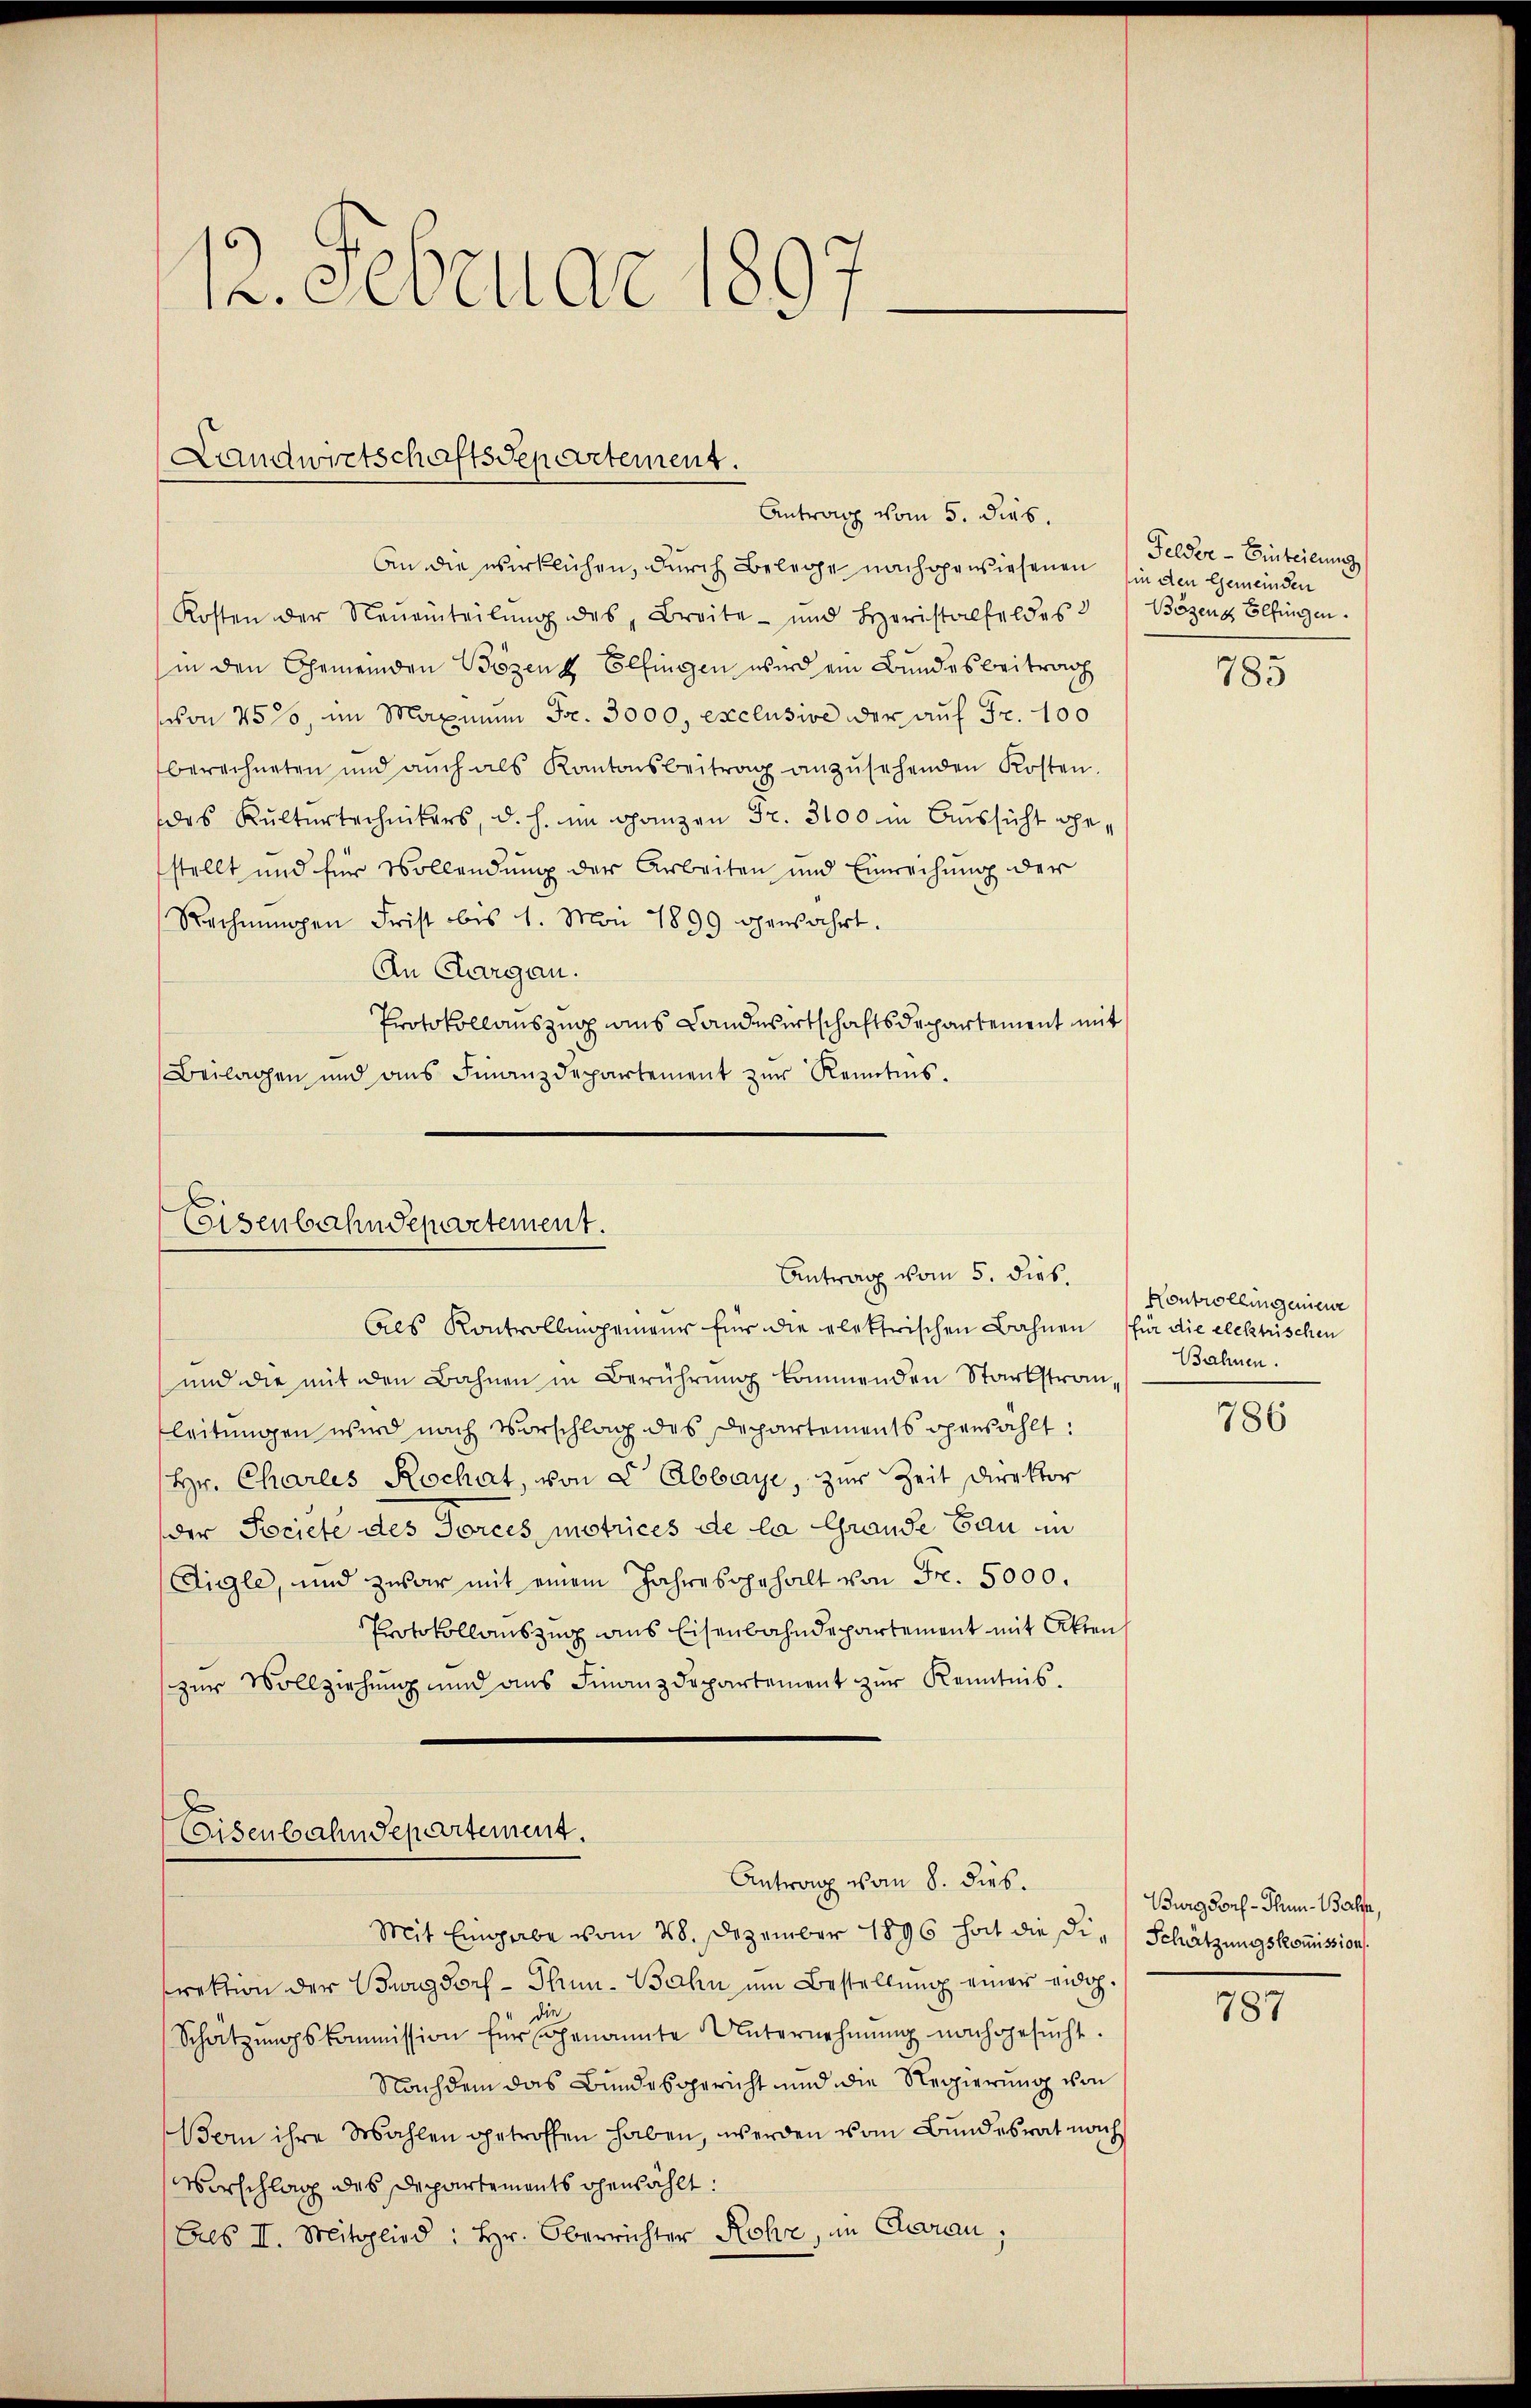
12. Februar 1897-

Landwirtschaftsdepartement.
Antrag vom 5. dies.

An die wirklichen, durch Belege nachgewiesenen in den Gemeinden
Kosten der Neŭeinteilŭng des Breite und Loristalfeldes Bözenz Elfingen.
in den Gemeinden Bözenz Elfingen wird ein Bundesbeitrag
von 75%, im Maximum Fr. 3000, exclusive der auf Fr. 100
berechneten und aŭch als Kantonsbeitrag anzŭsehenden Kosten.
das Kulturtechnikers, d. h. im Ganzen Fr. 3100 in Aussicht gestellt und für Vollendung der Arbeiten und Einreihung der
Rechnungen Frist bis 1. Mai 1899 genährt.
An Aargau.
Protokollauszug aus Landwirtschaftsdepartement mit
Beilagen und ans Finanzdepartement zŭr Kenntnis.

Eisenbahndepartement.
Antrag vom 5. dies

Als Kontrollingenieur für die elektrischen Bahnen (für die elektrischen
und die mit den Bahnen in Berührung kommenden Starbstran
leitungen wird nach Vorschlag des Departements operzählt:
Hr. Charles Rochat, von 2 Abbaye, zur Zeit Direktor
der Pociete des Dorces matrices de la Grande Bau in
Aigle, und zwar mit einem Jahresverhalt von Fr. 5000.
Protokollauszug aus Eisenbahndepartement mit Akten
zŭr Vollziehung und ans Finanzdepartement zŭr Kenntnis.

Eisenbahndepartement.
Antrag vom 8. dies

Felder- Einteilung

Mit Eingabe vom 28. Dezember 1896 hat die Di-Schätzungskommission.
rektion der Burgdorf - Thun-Bahn um Bestellung einer eidg.
Schätzungskommission für genannte Unternehmung nachgesucht.
Nachdem das Bundesgericht und die Regierung von
Bern ihre Wahlen getroffen haben, werden vom Bundesrat nach
Vorschlag des Departements ohenzählt:
Els II. Mitglied: Hr. Oberrichter Rohr, im Garan,

785

Kontrollingenieur
Bahnen.
786

Burgdorf - Thun-Balfer,

787